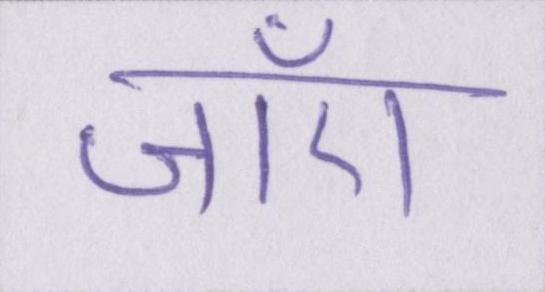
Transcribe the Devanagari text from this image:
जाएँ